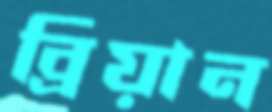
ব্রিয়ান